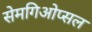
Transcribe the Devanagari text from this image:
सेमगिओप्सल